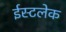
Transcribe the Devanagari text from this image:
ईस्टलेक